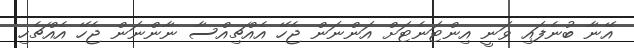
އޭނާ ބުނެފައި ވަނީ އިންޓަނެޓަށް އަންނަން ޖެހޭ އެއްޗިއްސާ ނާންނަން ޖެހޭ އެއްޗެހި